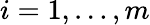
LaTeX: i=1,\ldots,m